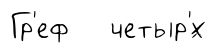
Гр'еф четыр'́х